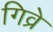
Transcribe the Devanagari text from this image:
गिव्रे